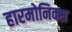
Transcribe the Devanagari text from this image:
हारमोनिक्स